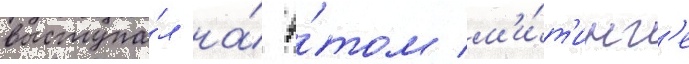
выступа́л на́ э́том м'и́т'инг'е